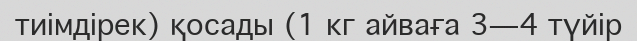
тиімдірек) қосады (1 кг айваға 3—4 түйір